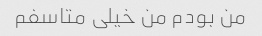
من بودم من خیلی متاسفم